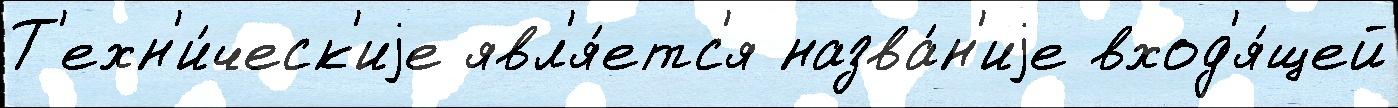
Т'ехн'и́ческ'иjе явл'я́етс'я назва́н'иjе вход'я́щей